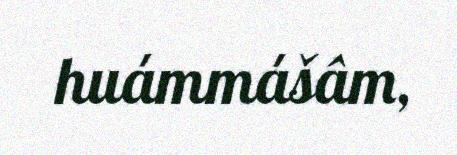
huámmášâm,